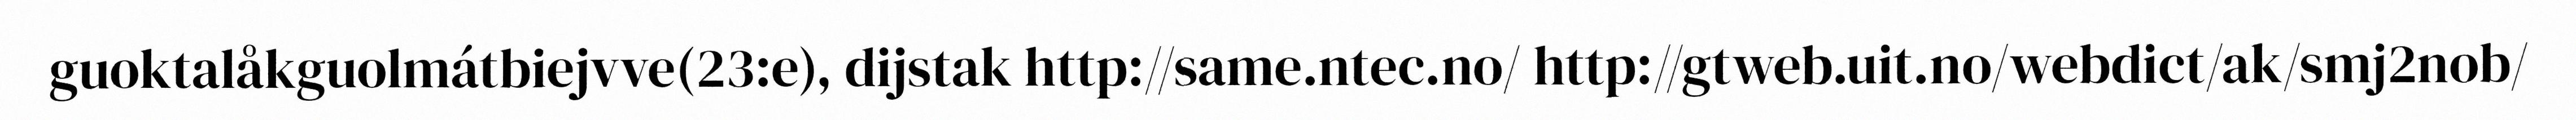
guoktalåkguolmátbiejvve(23:e), dijstak http://same.ntec.no/ http://gtweb.uit.no/webdict/ak/smj2nob/